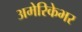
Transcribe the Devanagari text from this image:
अमेरिकेभर